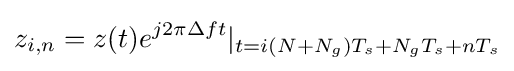
z_{i,n}=z(t)e^{j2\pi \Delta ft}|_{t=i(N+N_{g})T_{s}+N_{g}T_{s}+nT_{s}}